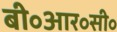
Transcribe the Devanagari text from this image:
बी॰आर॰सी॰